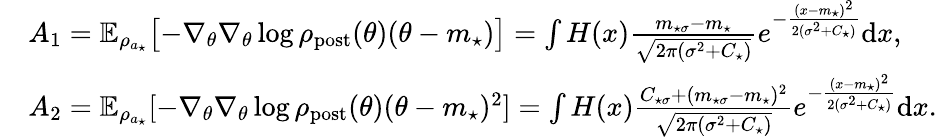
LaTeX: \begin{array}{rl}&{A_{1}=\mathbb{E}_{\rho_{a_{\star}}}\bigl[-\nabla_{\theta}\nabla_{\theta}\log\rho_{\mathrm{post}}(\theta)(\theta-m_{\star})\bigr]=\int H(x)\frac{m_{\star\sigma}-m_{\star}}{\sqrt{2\pi(\sigma^{2}+C_{\star})}}e^{-\frac{(x-m_{\star})^{2}}{2(\sigma^{2}+C_{\star})}}\mathrm{d}x,}\\ &{A_{2}=\mathbb{E}_{\rho_{a_{\star}}}[-\nabla_{\theta}\nabla_{\theta}\log\rho_{\mathrm{post}}(\theta)(\theta-m_{\star})^{2}]=\int H(x)\frac{C_{\star\sigma}+(m_{\star\sigma}-m_{\star})^{2}}{\sqrt{2\pi(\sigma^{2}+C_{\star})}}e^{-\frac{(x-m_{\star})^{2}}{2(\sigma^{2}+C_{\star})}}\mathrm{d}x.}\end{array}